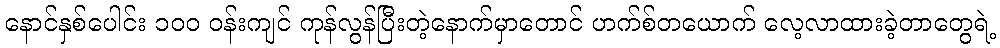
နောင်နှစ်ပေါင်း ၁၀၀ ဝန်းကျင် ကုန်လွန်ပြီးတဲ့နောက်မှာတောင် ဟက်စ်တယောက် လေ့လာထားခဲ့တာတွေရဲ့